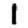
Digit: 1